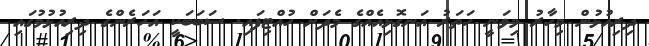
ދިރިއުޅުން މިހާރު މިވަނީ ހަތަރު އަނގޮޅިއެއްގެ މެދަށް ހުއްޓިފައި. ސަބަބަކީ އަހަރެންގެ ދިރިއުޅުމުގައި